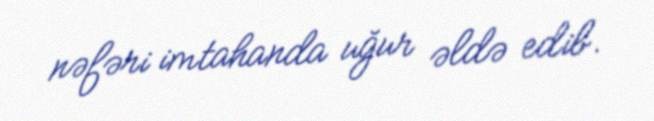
nəfəri imtahanda uğur əldə edib.